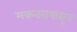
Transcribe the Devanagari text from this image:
मकबरापासून